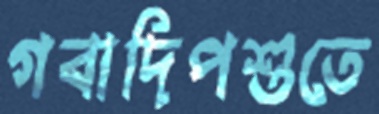
গবাদিপশুতে